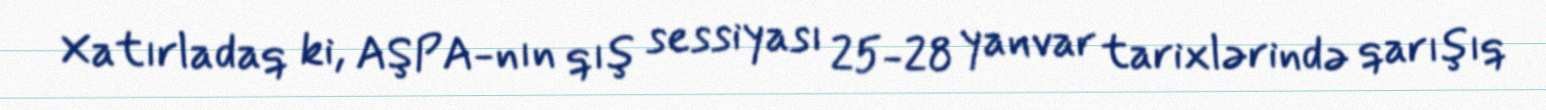
Xatırladaq ki, AŞPA-nın qış sessiyası 25-28 yanvar tarixlərində qarışıq